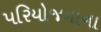
પરિયોજનાના